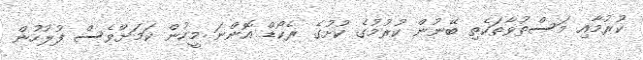
ކުރުމާއި މަސްތުވާތަކެތި ބޭނުން ކުރުމުގެ ކުށުގެ ރެކޯޑް އޮންނަ މީހުން ކަމަށްވެސް ފުލުހުން